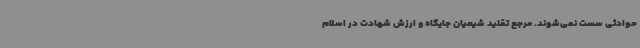
حوادثی سست نمی‌شوند. مرجع تقلید شیعیان جایگاه و ارزش شهادت در اسلام